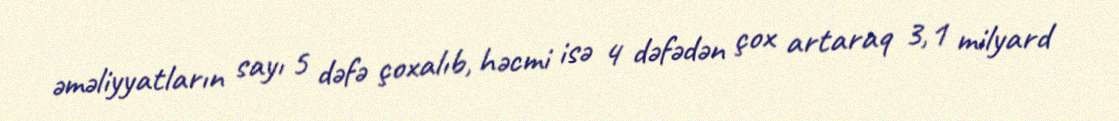
əməliyyatların sayı 5 dəfə çoxalıb, həcmi isə 4 dəfədən çox artaraq 3,1 milyard